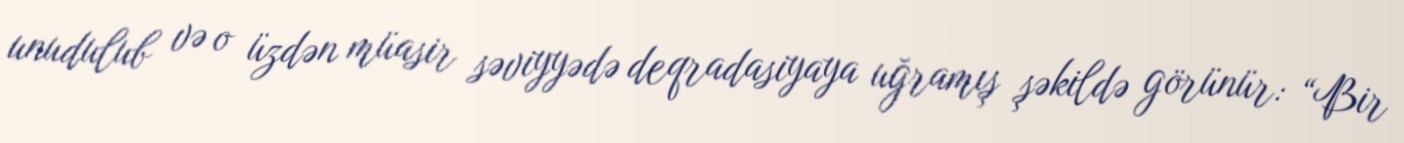
unudulub və o üzdən müasir səviyyədə deqradasiyaya uğramış şəkildə görünür: “Bir